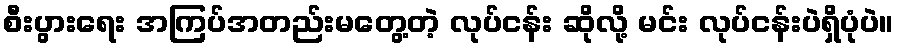
စီးပွားရေး အကြပ်အတည်းမတွေ့တဲ့ လုပ်ငန်း ဆိုလို့ မင်း လုပ်ငန်းပဲရှိပုံပဲ။